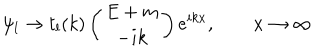
LaTeX: \psi _ { l } \to t _ { l } ( k ) \left( \begin{array} { c } { { E + m } } \\ { { - i k } } \\ \end{array} \right) e ^ { i k x } , \qquad x \to \infty